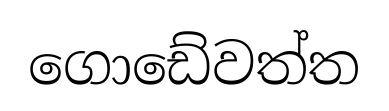
ගොඩේවත්ත